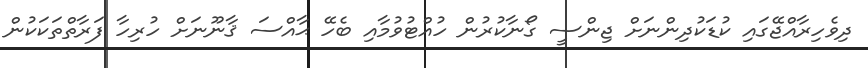
ދިވެހިރާއްޖޭގައި ކުޑަކުދިންނަށް ޖިންސީ ގޯނާކުރުން ހުއްޓުވުމާއި ބެހޭ ޙާއްސަ ޤާނޫނަށް ހުރިހާ ފަރާތްތަކަކުން